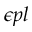
\epsilon { p l }